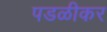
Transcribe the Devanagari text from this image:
पडळीकर